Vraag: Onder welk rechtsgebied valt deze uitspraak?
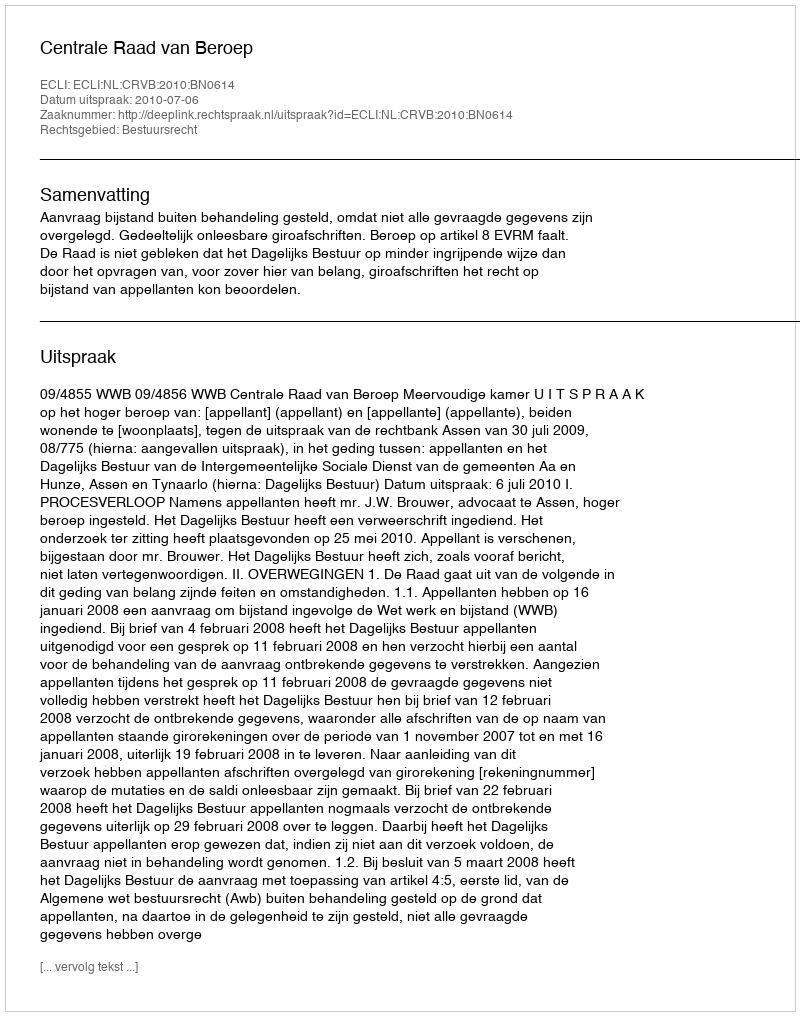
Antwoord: Bestuursrecht